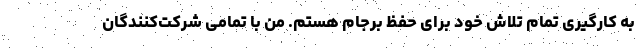
به کارگیری تمام تلاش خود برای حفظ برجام هستم. من با تمامی شرکت‌کنندگان